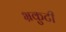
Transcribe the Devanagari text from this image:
भ्रकुटी